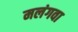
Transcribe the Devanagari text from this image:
मलंगवा